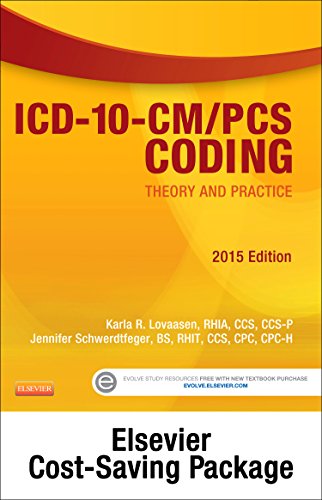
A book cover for ICD-10-CM/PCS Coding: Theory and Practice, 2015 Edition - Text and Workbook Package, 1e; Karla R. Lovaasen RHIA  CCS  CCS-P; Medical Books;